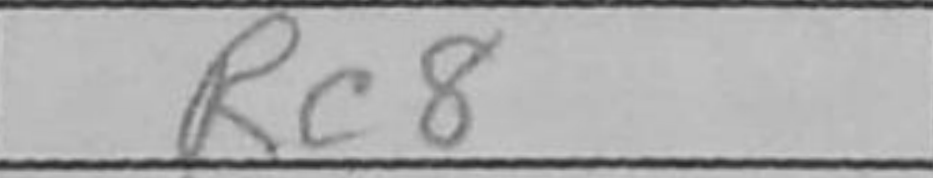
Transcription: Rc8